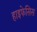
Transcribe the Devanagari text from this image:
हाइफेसिस